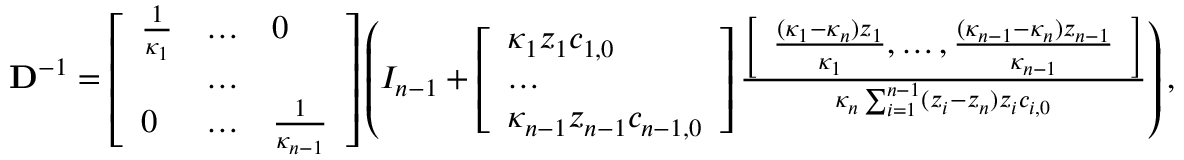
\begin{array} { r l } & { \mathbf { D } ^ { - 1 } = \left[ \begin{array} { l l l } { \frac { 1 } { \kappa _ { 1 } } } & { \hdots } & { 0 } \\ & { \hdots } & \\ { 0 } & { \hdots } & { \frac { 1 } { \kappa _ { n - 1 } } } \end{array} \right] \left( I _ { n - 1 } + \left[ \begin{array} { l } { \kappa _ { 1 } z _ { 1 } c _ { 1 , 0 } } \\ { \hdots } \\ { \kappa _ { n - 1 } z _ { n - 1 } c _ { n - 1 , 0 } } \end{array} \right] \frac { \left[ \begin{array} { l } { \frac { ( \kappa _ { 1 } - \kappa _ { n } ) z _ { 1 } } { \kappa _ { 1 } } , \hdots , \frac { ( \kappa _ { n - 1 } - \kappa _ { n } ) z _ { n - 1 } } { \kappa _ { n - 1 } } } \end{array} \right] } { \kappa _ { n } \sum _ { i = 1 } ^ { n - 1 } ( z _ { i } - z _ { n } ) z _ { i } c _ { i , 0 } } \right) , } \end{array}